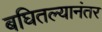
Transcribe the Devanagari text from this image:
बघितल्यानंतर